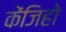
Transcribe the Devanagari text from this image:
केंजिहो